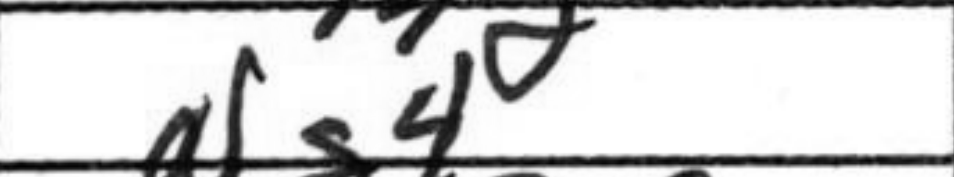
Transcription: Ng4